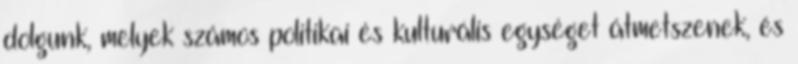
dolgunk, melyek számos politikai és kulturális egységet átmetszenek, és